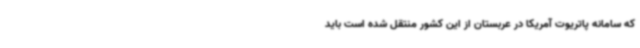
که سامانه پاتریوت آمریکا در عربستان از این کشور منتقل شده است باید